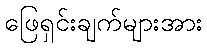
ဖြေရှင်းချက်များအား